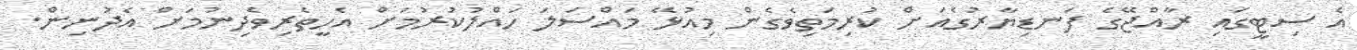
އެ ސިޓީގައި ރާއްޖޭގެ ފަނޑިޔާރުގެއަށް ކުރިމަތިވެގެން މިއުޅޭ މައްސަލަ ހައްލުކުރުމަށް އެހީތެރިވެދިނުމަށް އެދުނިން.